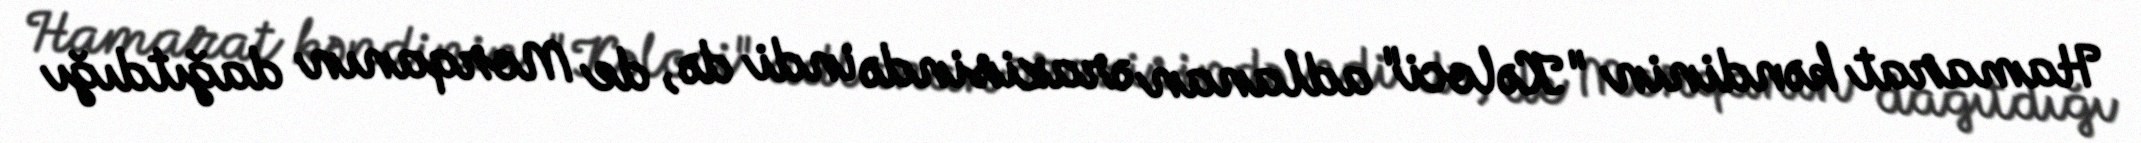
Hamarat kəndinin "Kəloci" adlanan ərazisində indi də, de Morqanın dağıtdığı